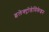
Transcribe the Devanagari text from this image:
इलेक्ट्रोडेसिकेशन